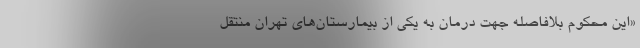
«این محکوم بلافاصله جهت درمان به یکی از بیمارستان‌های تهران منتقل